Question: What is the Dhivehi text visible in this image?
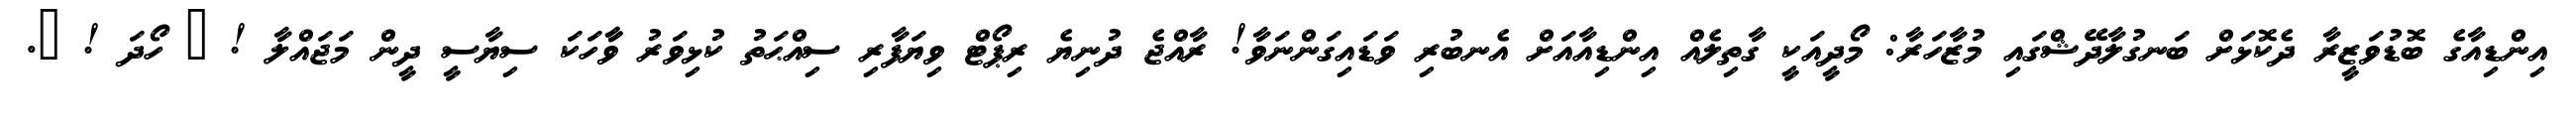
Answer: އިންޑިއާގެ ބޮޑުވަޒީރާ ދެކޮޅަށް ބަނގުލާދޭޝްގައި މުޒާހަރާ: މޯދީއަކީ ގާތިލެއް އިންޑިއާއަށް އެނބުރި ވަޑައިގަންނަވާ! ރާއްޖެ ދުނިޔެ ރިޕޯޓް ވިޔަފާރި ސިއްޙަތު ކުޅިވަރު ވާާހަކަ ސިޔާސީ ދީން މަޖައްލާ ! ? ހޯދަ ! ?.